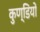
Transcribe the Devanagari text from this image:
कुण्डियों